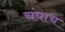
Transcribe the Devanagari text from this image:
चंपाच